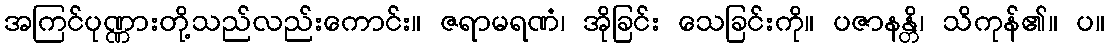
အကြင်ပုဏ္ဏားတို့သည်လည်းကောင်း။ ဇရာမရဏံ၊ အိုခြင်း သေခြင်းကို။ ပဇာနန္တိ၊ သိကုန်၏။ ပ။